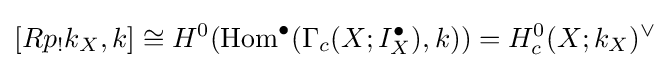
[Rp_{!}k_{X},k]\cong H^{0}(\mathrm {Hom} ^{\bullet }(\Gamma _{c}(X;I_{X}^{\bullet }),k))=H_{c}^{0}(X;k_{X})^{\vee }